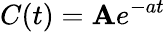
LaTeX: C(t)=\mathbf{A}e^{-at}